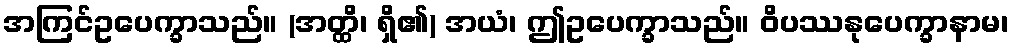
အကြင်ဥပေက္ခာသည်။ (အတ္ထိ၊ ရှိ၏) အယံ၊ ဤဥပေက္ခာသည်။ ဝိပဿနုပေက္ခာနာမ၊